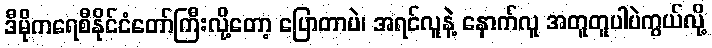
ဒီမိုကရေစီနိုင်ငံတော်ကြီးလို့တော့ ပြောတာပဲ၊ အရင်လူနဲ့ နောက်လူ အတူတူပါပဲကွယ်လို့